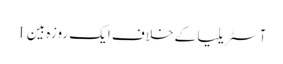
آسٹریلیا کے خلاف ایک روزہ بین 1